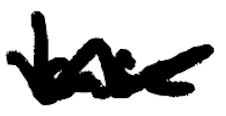
Text: base
Cross-out: wave
Writing tool: digital_black